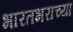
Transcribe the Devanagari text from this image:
भारतभराच्‍या